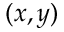
( x , y )